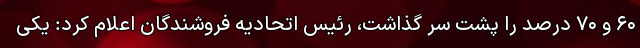
۶۰ و ۷۰ درصد را پشت سر گذاشت، رئیس اتحادیه فروشندگان اعلام کرد: یکی